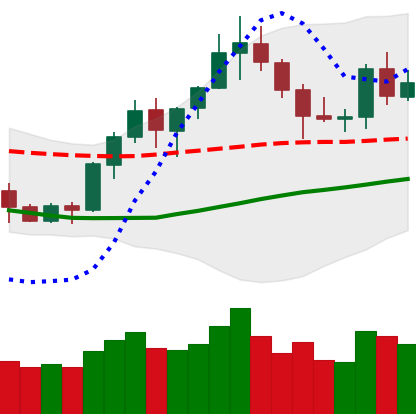
Ticker: BNB-USD
Chart end date: 2020-07-21
Forward return: 10.192%
Label: up_7plus